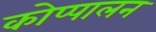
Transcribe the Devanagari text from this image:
कोप्पालन